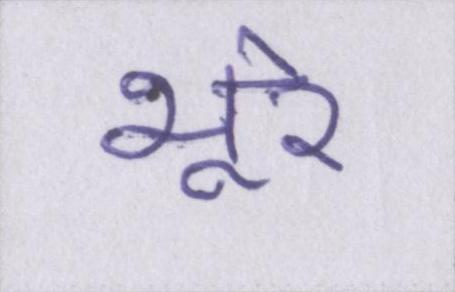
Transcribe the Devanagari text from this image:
भूरे